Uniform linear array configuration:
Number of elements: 32
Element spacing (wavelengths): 0.5
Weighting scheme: blackman
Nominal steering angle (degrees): -30
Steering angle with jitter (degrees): -30.784
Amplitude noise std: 0.05
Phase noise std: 0.05

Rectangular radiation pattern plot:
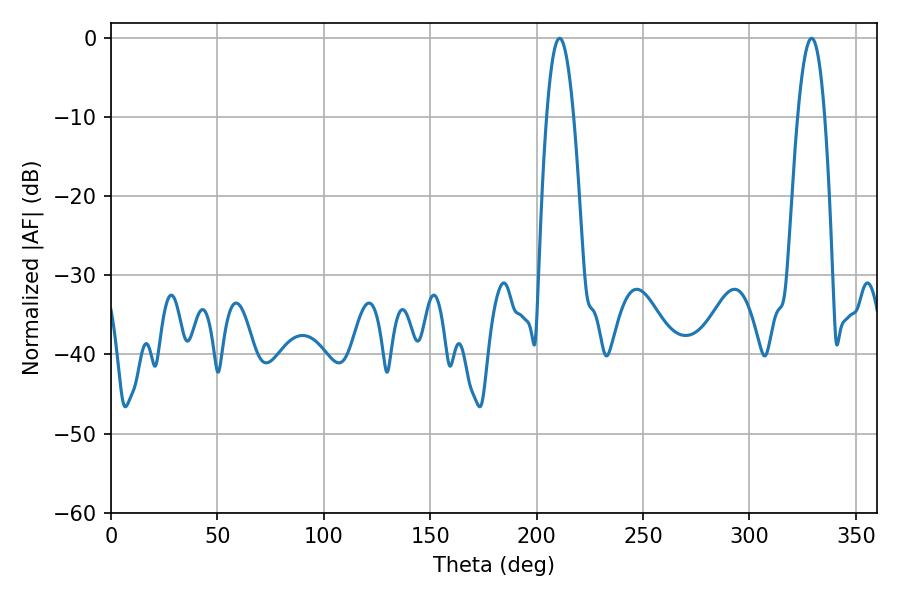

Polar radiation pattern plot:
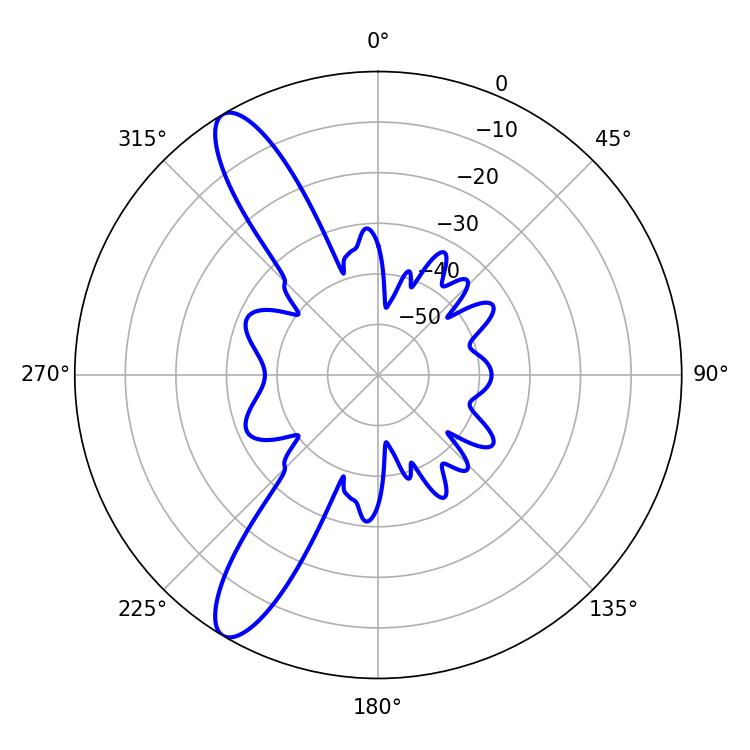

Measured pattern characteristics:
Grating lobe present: FALSE
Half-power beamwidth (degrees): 7.02
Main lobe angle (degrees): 210.78